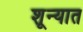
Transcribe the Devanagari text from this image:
शून्यात